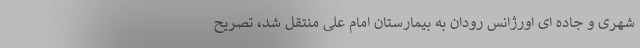
شهری و جاده ای اورژانس رودان به بیمارستان امام علی منتقل شد، تصریح